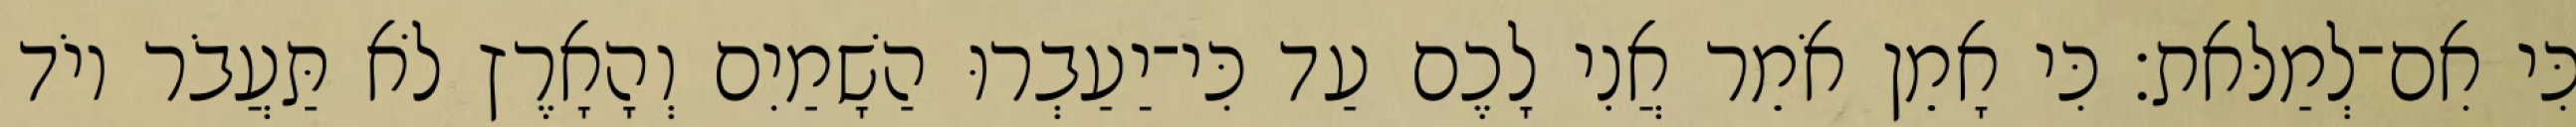
כִּי אִם־לְמַלּאת׃ כִּי אָמֵן אֹמֵר אֲנִי לָכֶם עַד כִּי־יַעַבְרוּ הַשָׁמַיִם וְהָאָרֶץ לֹא תַּעֲבֹר יוֹד